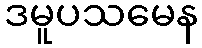
ဒမူပသမေန